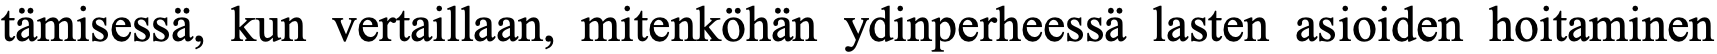
tämisessä, kun vertaillaan, mitenköhän ydinperheessä lasten asioiden hoitaminen